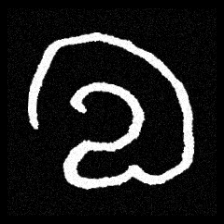
Pyu character \u2014 Myanmar letter: လ (romanized: la)